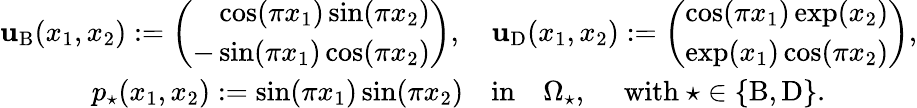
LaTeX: \begin{array}{c}{\mathbf{u}_{\mathrm{B}}(x_{1},x_{2}):=\left(\begin{array}{r}{\cos(\pi x_{1})\sin(\pi x_{2})}\\ {-\sin(\pi x_{1})\cos(\pi x_{2})}\end{array}\right),\quad\mathbf{u}_{\mathrm{D}}(x_{1},x_{2}):=\left(\begin{array}{r}{\cos(\pi x_{1})\exp(x_{2})}\\ {\exp(x_{1})\cos(\pi x_{2})}\end{array}\right),}\\ {p_{\star}(x_{1},x_{2}):=\sin(\pi x_{1})\sin(\pi x_{2}){\quad\mathrm{in}\quad}\Omega_{\star},\quad\mathrm{~with~}\star\in\{ \mathrm{B},\mathrm{D}\} .}\end{array}